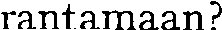
rantamaan?